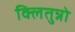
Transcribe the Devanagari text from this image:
क्लितुन्नो